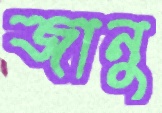
জানু